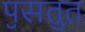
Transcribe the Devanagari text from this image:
पॖसतुत